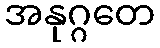
အနုဂ္ဂတေ